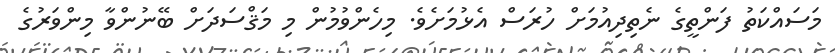
މަސައްކަތު ފަންތީގެ ނެތިދިއުމަށް ހުރަސް އެޅުމަށެވެ. މިހެންވުމުން މި މަޤްސަދަށް ބޭނުންވާ މިންވަރުގެ